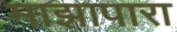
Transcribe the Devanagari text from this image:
माझापारा